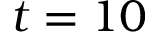
t = 1 0